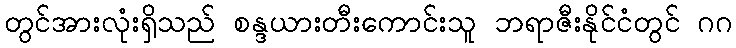
တွင်အားလုံးရှိသည် စန္ဒယားတီးကောင်းသူ ဘရာဇီးနိုင်ငံတွင် ဂဂ